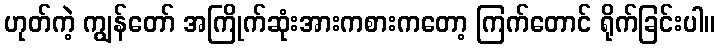
ဟုတ်ကဲ့ ကျွန်တော် အကြိုက်ဆုံးအားကစားကတော့ ကြက်တောင် ရိုက်ခြင်းပါ။